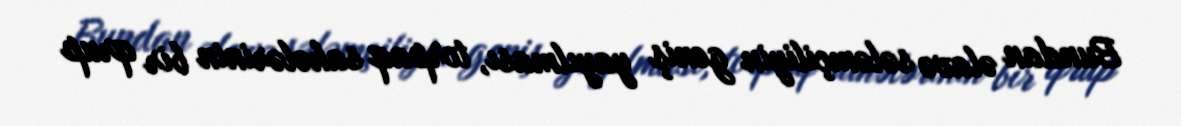
Bundan əlavə sələmçiliyin geniş yayılması, torpaq sahələrinin bir qrup